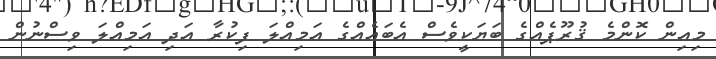
މިއިން ކޮންމެ ޤުރޫޕެއްގެ ބަޔަކީވެސް އެބައެއްގެ އަމިއްލަ ފިކުރާ އަދި އަމިއްލަ ވިސްނުން